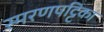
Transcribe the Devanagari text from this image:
स्मरणपट्टिका